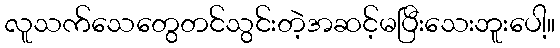
လူသက်သေတွေတင်သွင်းတဲ့အဆင့်မပြီးသေးဘူးပေါ့။